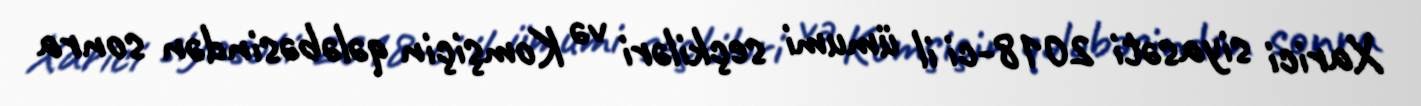
Xarici siyasəti 2018-ci il ümumi seçkiləri və Komşiçin qələbəsindən sonra